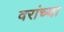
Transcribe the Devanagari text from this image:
वरांच्या